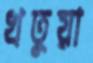
খতুয়া